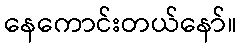
နေကောင်းတယ်နော်။